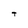
Character: T